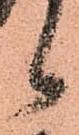
候